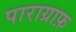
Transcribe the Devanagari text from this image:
पाराग्राफ़